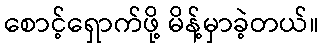
စောင့်ရှောက်ဖို့ မိန့်မှာခဲ့တယ်။